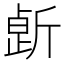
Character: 𣂸